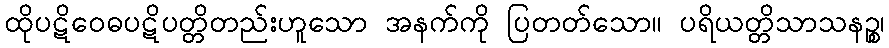
ထိုပဋိဝေဓပဋိပတ္တိတည်းဟူသော အနက်ကို ပြတတ်သော။ ပရိယတ္တိသာသနဉ္စ၊